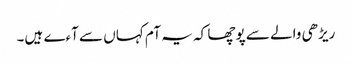
ریڑھی والے سے پوچھا کہ یہ آم کہاں سے آءے ہیں۔